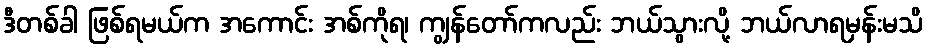
ဒီတစ်ခါ ဖြစ်ရမယ်က အကောင်း အစ်ကိုရ၊ ကျွန်တော်ကလည်း ဘယ်သွားလို့ ဘယ်လာရမှန်းမသိ